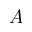
A